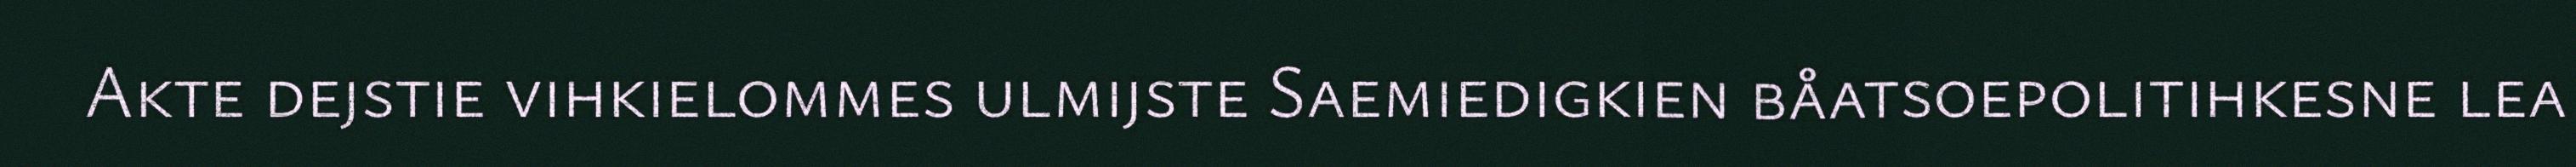
Akte dejstie vihkielommes ulmijste Saemiedigkien båatsoepolitihkesne lea